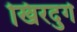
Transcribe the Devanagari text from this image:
खिरदुर्ग